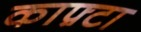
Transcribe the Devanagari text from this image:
काफ़्टा